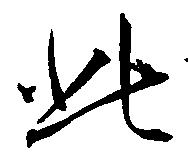
此